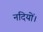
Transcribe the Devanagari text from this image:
नदियों।